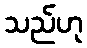
သည်ဟု